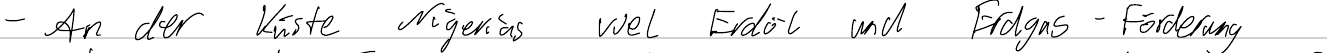
- An der Küste Nigerias viel Erdöl und Erdgas-Förderung